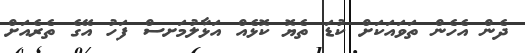
ދެން އެހެން ތަވައަކަށް ކުޑަ ތެޔޮ ކޮޅެއް އަޅާލުމަށސް ފަހު އޭގެ ތެރެއަށް